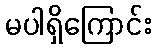
မပါရှိကြောင်း